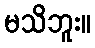
မသိဘူး။